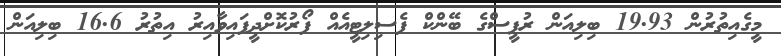
މީގެއިތުރުން 19.93 ބިލިއަން ރުޕީސްގެ ބޭންކް ފެސިލިޓީއެއް ފޯރުކޮށްދީފައިވާއިރު އިތުރު 16.6 ބިލިއަން